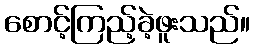
စောင့်ကြည့်ခဲ့ဖူးသည်။